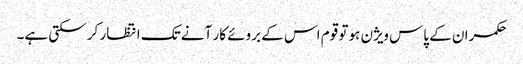
حکمران کے پاس ویژن ہو تو قوم اس کے بروئے کار آنے تک انتظار کر سکتی ہے۔